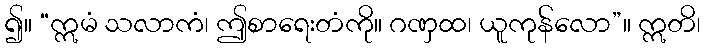
၍။ “ဣမံ သလာကံ၊ ဤစာရေးတံကို။ ဂဏှထ၊ ယူကုန်လော”။ ဣတိ၊